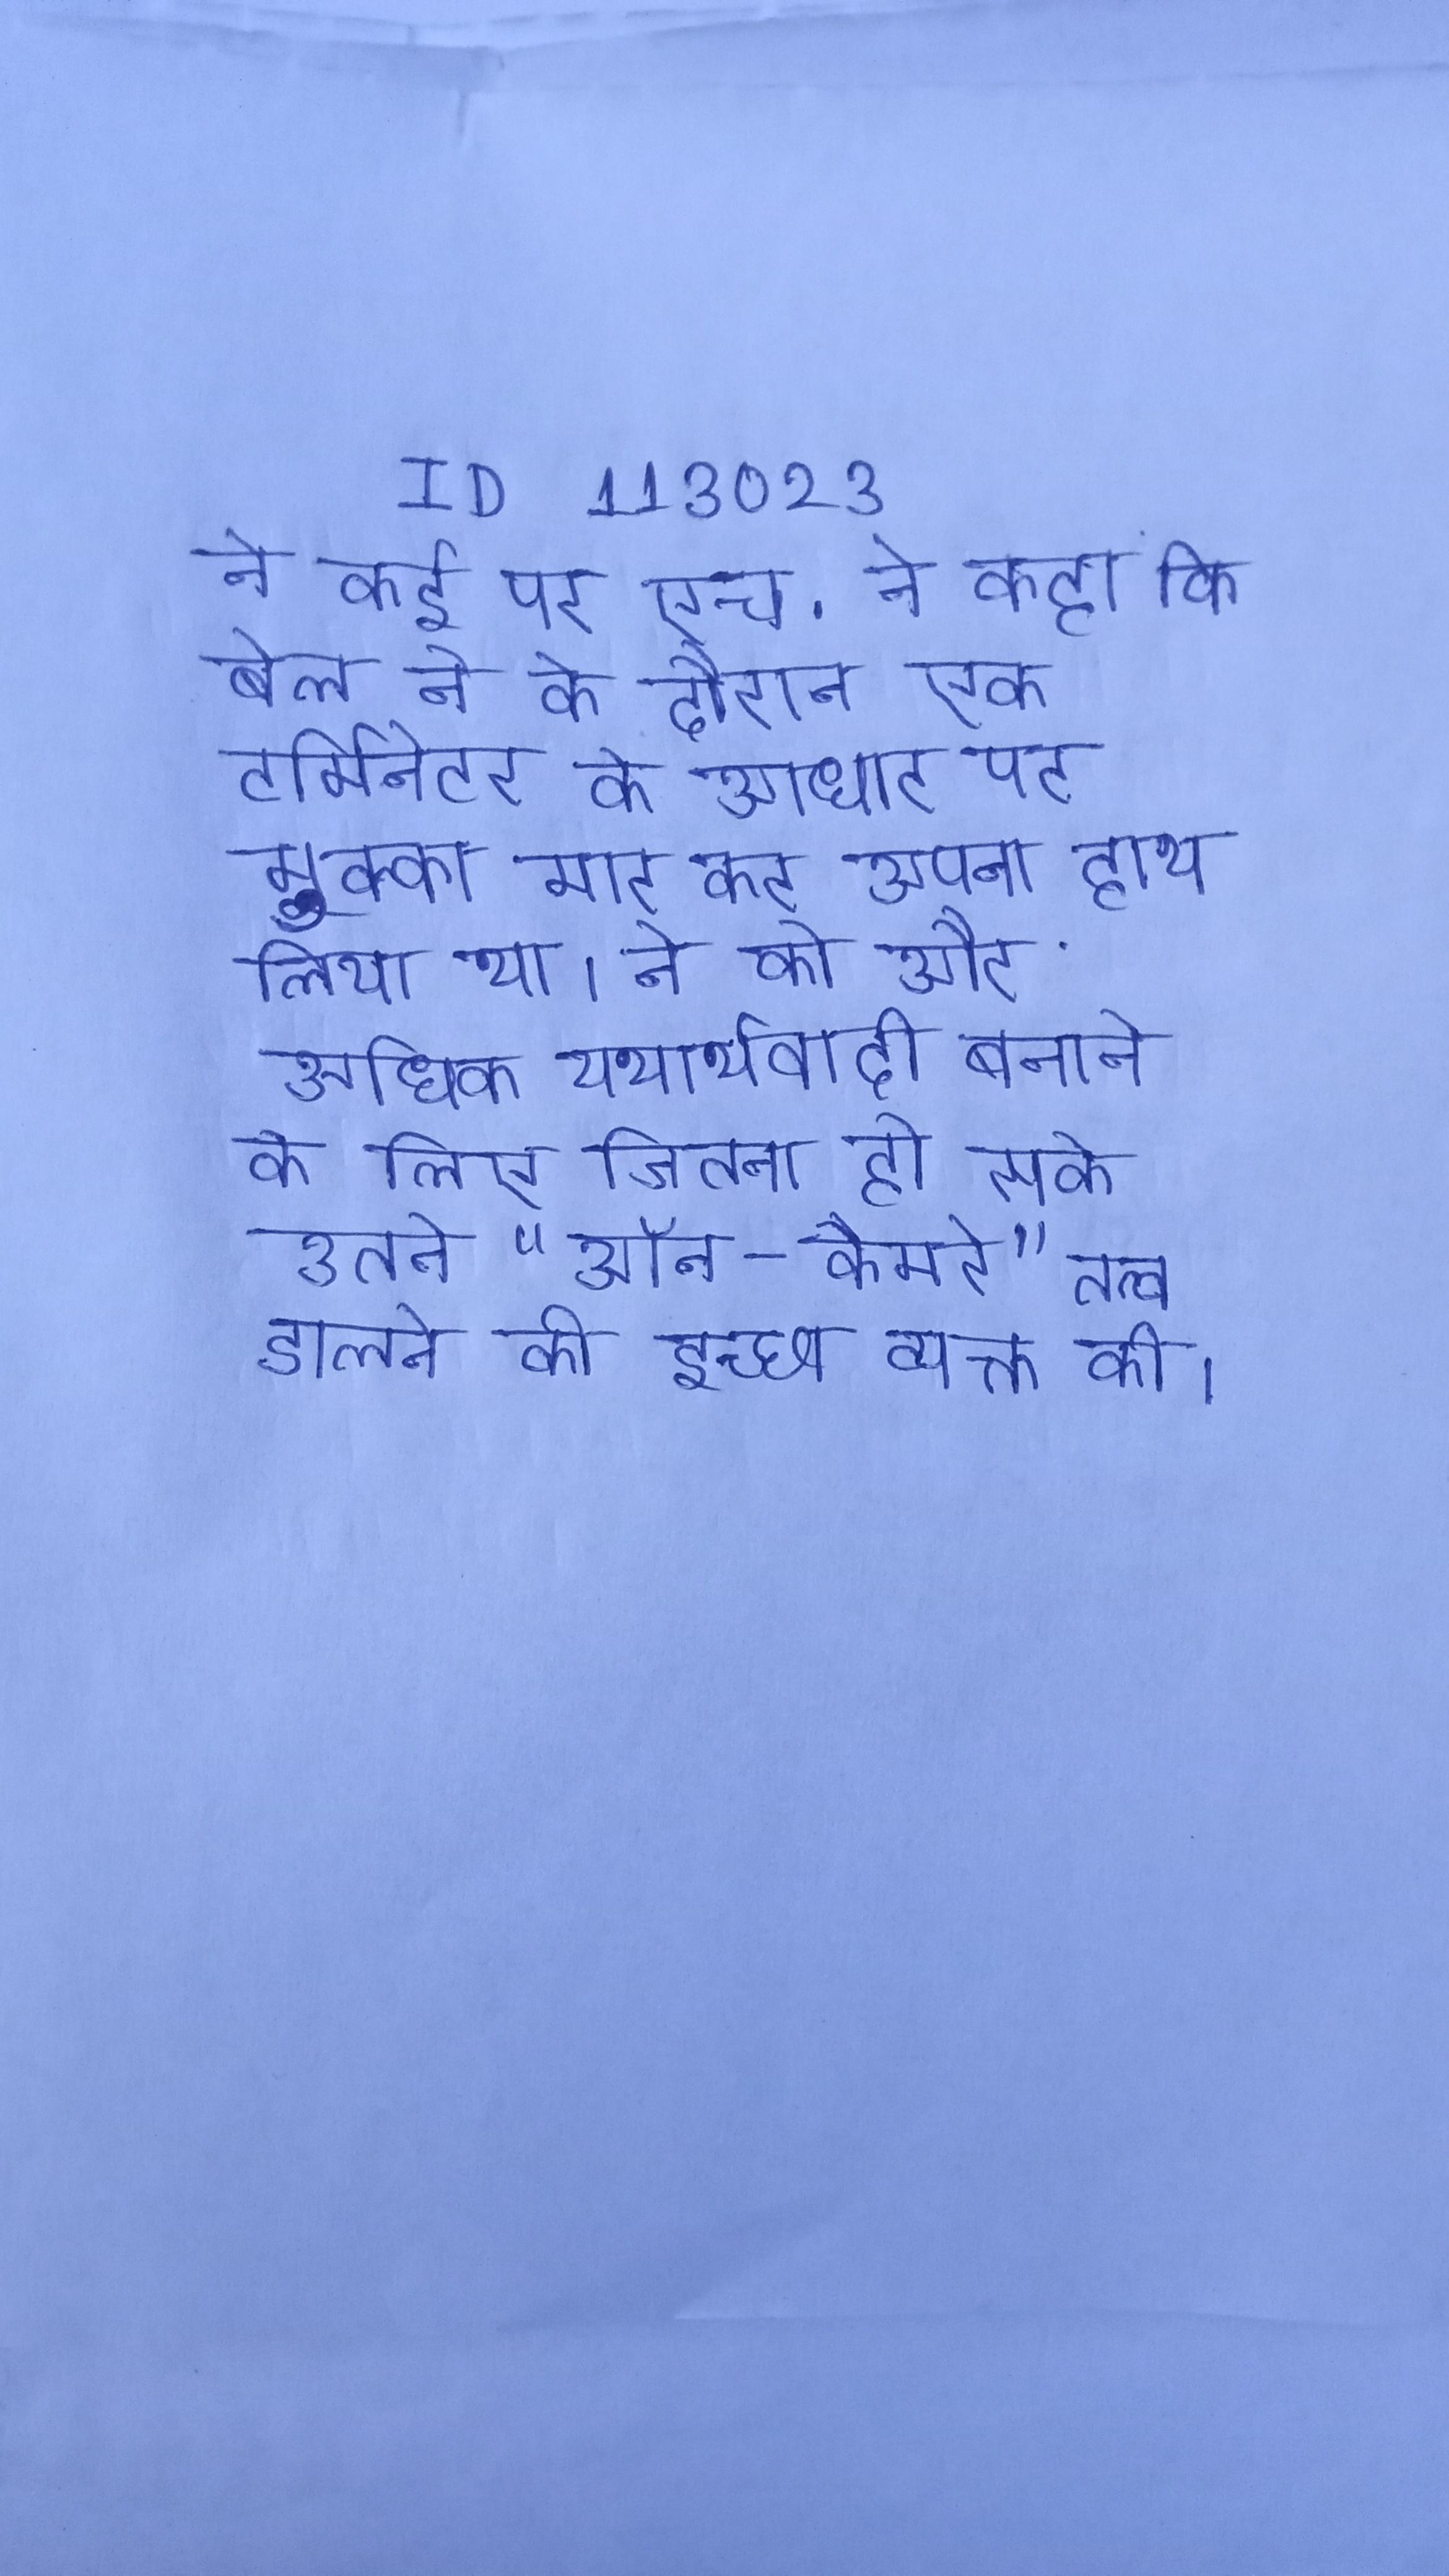
ने कई पर एच . ने कहा कि बेल ने के दौरान एक टर्मिनेटर के आधार पर मुक्का मार कर अपना हाथ लिया था । ने को और अधिक यथार्थवादी बनाने के लिए जितना हो सके उतने "ऑन-कैमरे" तत्व डालने की इच्छा व्यक्त की ।